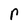
Character: r